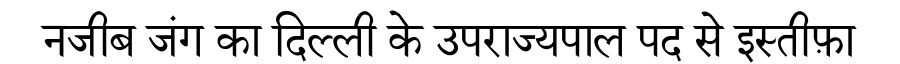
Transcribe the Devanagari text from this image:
नजीब जंग का दिल्ली के उपराज्यपाल पद से इस्तीफ़ा